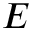
E